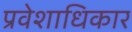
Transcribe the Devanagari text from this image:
प्रवेशाधिकार